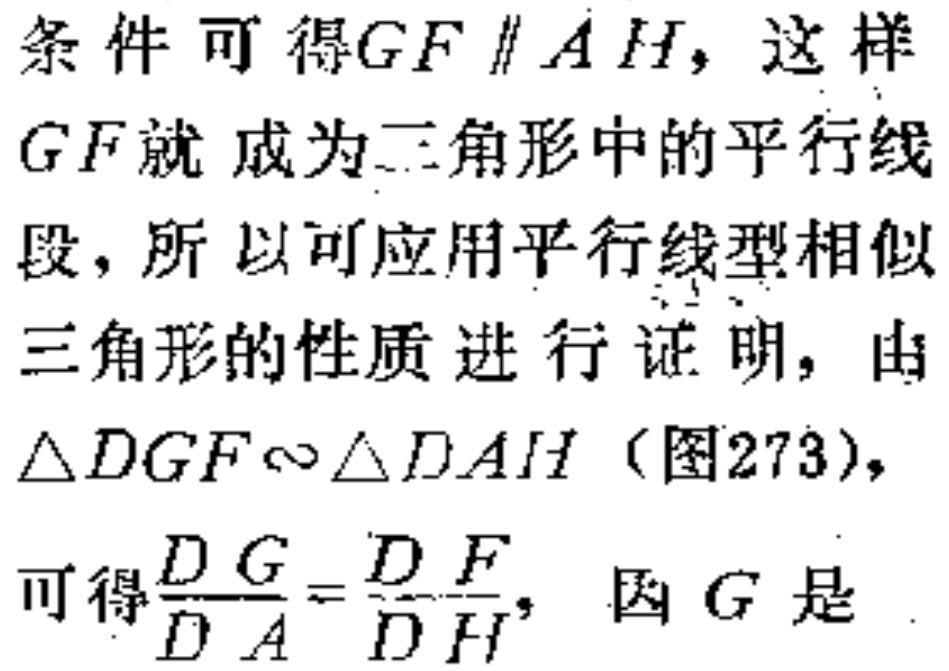
条件可得$GF \parallel AH$，这样$GF$就成为三角形中的平行线段，所以可应用平行线型相似三角形的性质进行证明，由$\triangle DGF\sim\triangle DAH$（图273），可得$\frac{DG}{DA}=\frac{DF}{DH}$，因$G$是